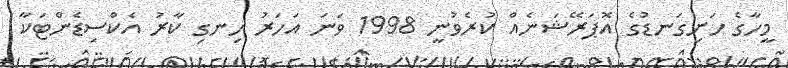
މީހާގެ ހަށިގަނޑުގެ އޮޕަރޭޝަނެއް ކުރެވުނީ 1998 ވަނަ އަހަރު ހިނގި ކާރު އެކްސިޑެންޓަކާ